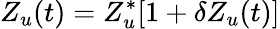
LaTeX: Z_{u}(t)=Z_{u}^{*}[1+\delta Z_{u}(t)]